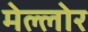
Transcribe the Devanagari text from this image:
मेल्लोर